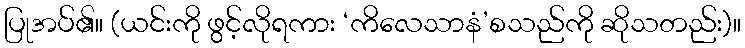
ပြုအပ်၏။ (ယင်းကို ဖွင့်လိုရကား ‘ကိလေသာနံ’စသည်ကို ဆိုသတည်း)။